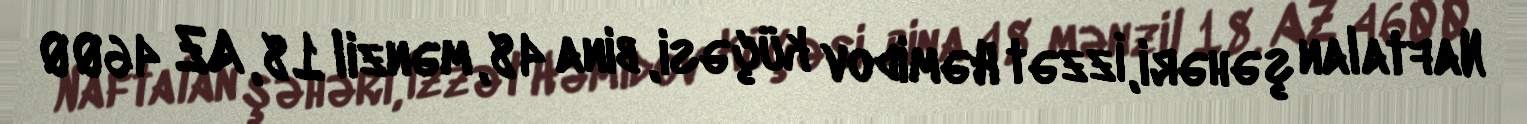
Naftalan şəhəri, İzzət Həmidov küçəsi, bina 48, mənzil 18, AZ 4600